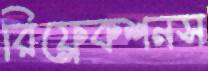
রিফ্লেকশনস